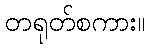
တရုတ်စကား။